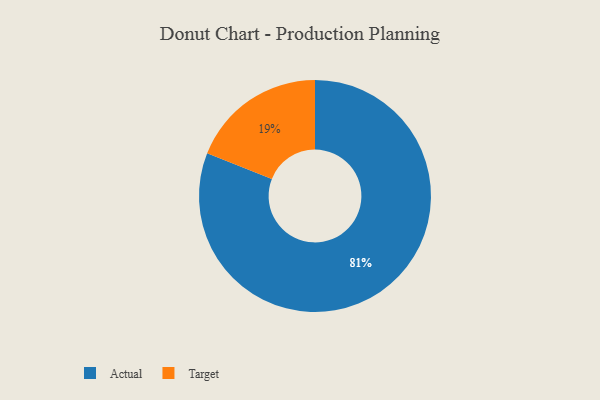
{"axis": {"x": "Category", "y": "Percentage"}, "legend": ["Actual", "Target"], "data": [{"x": "Actual", "y": 81, "type": "Actual"}, {"x": "Target", "y": 19, "type": "Target"}]}